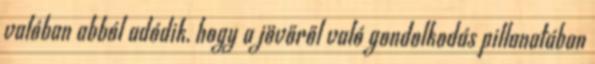
valóban abból adódik, hogy a jövőről való gondolkodás pillanatában